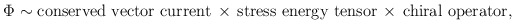
\begin{align*}\Phi \sim \mbox{conserved vector current} \, \times \, \mbox{stress energy tensor} \, \times \, \mbox{chiral operator},\end{align*}